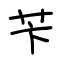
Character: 苄